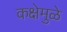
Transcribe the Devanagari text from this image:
कक्षेमुळे